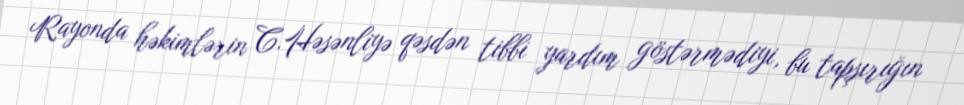
Rayonda həkimlərin C.Həsənliyə qəsdən tibbi yardım göstərmədiyi, bu tapşırığın